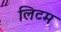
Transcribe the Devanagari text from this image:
लिटम